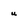
Character: u